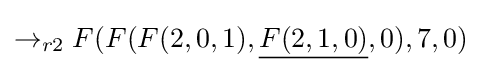
\rightarrow _{r2}F(F(F(2,0,1),{\underline {F(2,1,0)}},0),7,0)